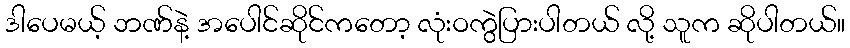
ဒါပေမယ့် ဘဏ်နဲ့ အပေါင်ဆိုင်ကတော့ လုံးဝကွဲပြားပါတယ် လို့ သူက ဆိုပါတယ်။